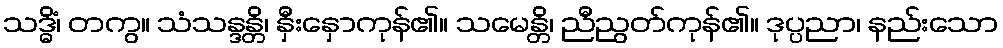
သဒ္ဓိံ၊ တကွ။ သံသန္ဒန္တိ၊ နှီးနှောကုန်၏။ သမေန္တိ၊ ညီညွတ်ကုန်၏။ ဒုပ္ပညာ၊ နည်းသော